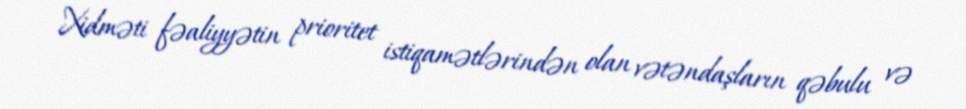
Xidməti fəaliyyətin prioritet istiqamətlərindən olan vətəndaşların qəbulu və